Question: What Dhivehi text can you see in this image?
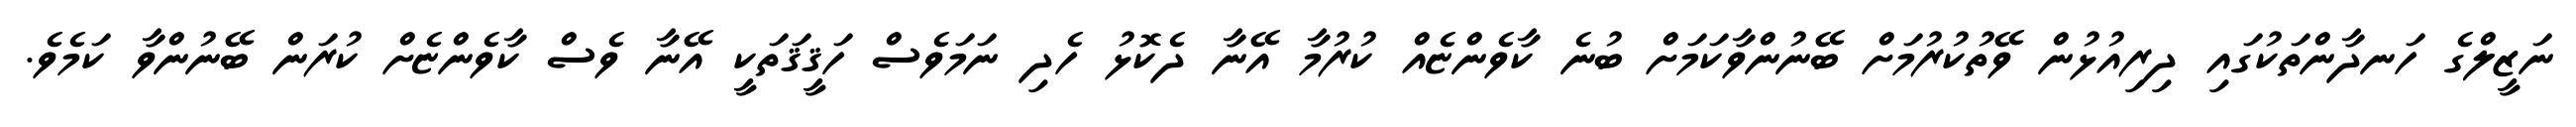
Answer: ނަޒީލްގެ ހަނދާންތަކުގައި ދިރިއުޅުން ވޭތުކުރުމަށް ބޭނުންވާކަމަށް ބުނެ ކާވެންޏެއް ކުރުމާ އޭނާ ދެކޮޅު ހެދި ނަމަވެސް ހަޤީޤަތަކީ އޭނާ ވެސް ކާވެންޏެށް ކުރަން ބޭނުންވާ ކަމެވެ.